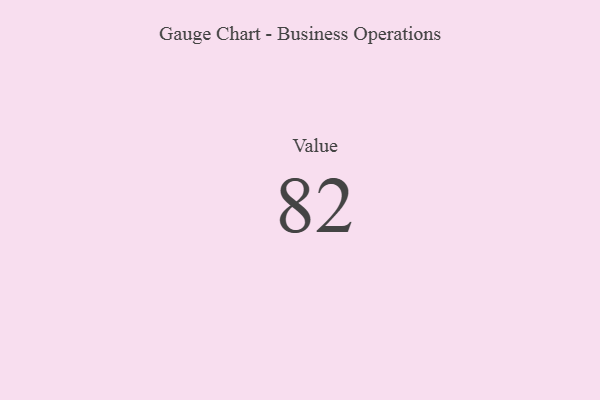
{"axis": {"x": "Metric", "y": "Value"}, "legend": [""], "data": [{"x": "Value", "y": 82, "type": ""}]}